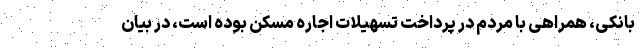
بانکی، همراهی با مردم در پرداخت تسهیلات اجاره مسکن بوده است، در بیان